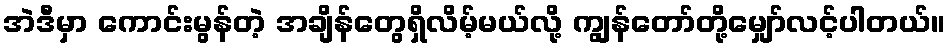
အဲဒီမှာ ကောင်းမွန်တဲ့ အချိန်တွေရှိလိမ့်မယ်လို့ ကျွန်တော်တို့မျှော်လင့်ပါတယ်။